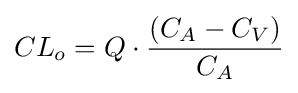
CL_{o}=Q\cdot {\frac {(C_{A}-C_{V})}{C_{A}}}